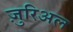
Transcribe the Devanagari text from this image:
ज़ुरिअल